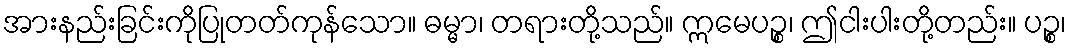
အားနည်းခြင်းကိုပြုတတ်ကုန်သော။ ဓမ္မာ၊ တရားတို့သည်။ ဣမေပဉ္စ၊ ဤငါးပါးတို့တည်း။ ပဉ္စ၊